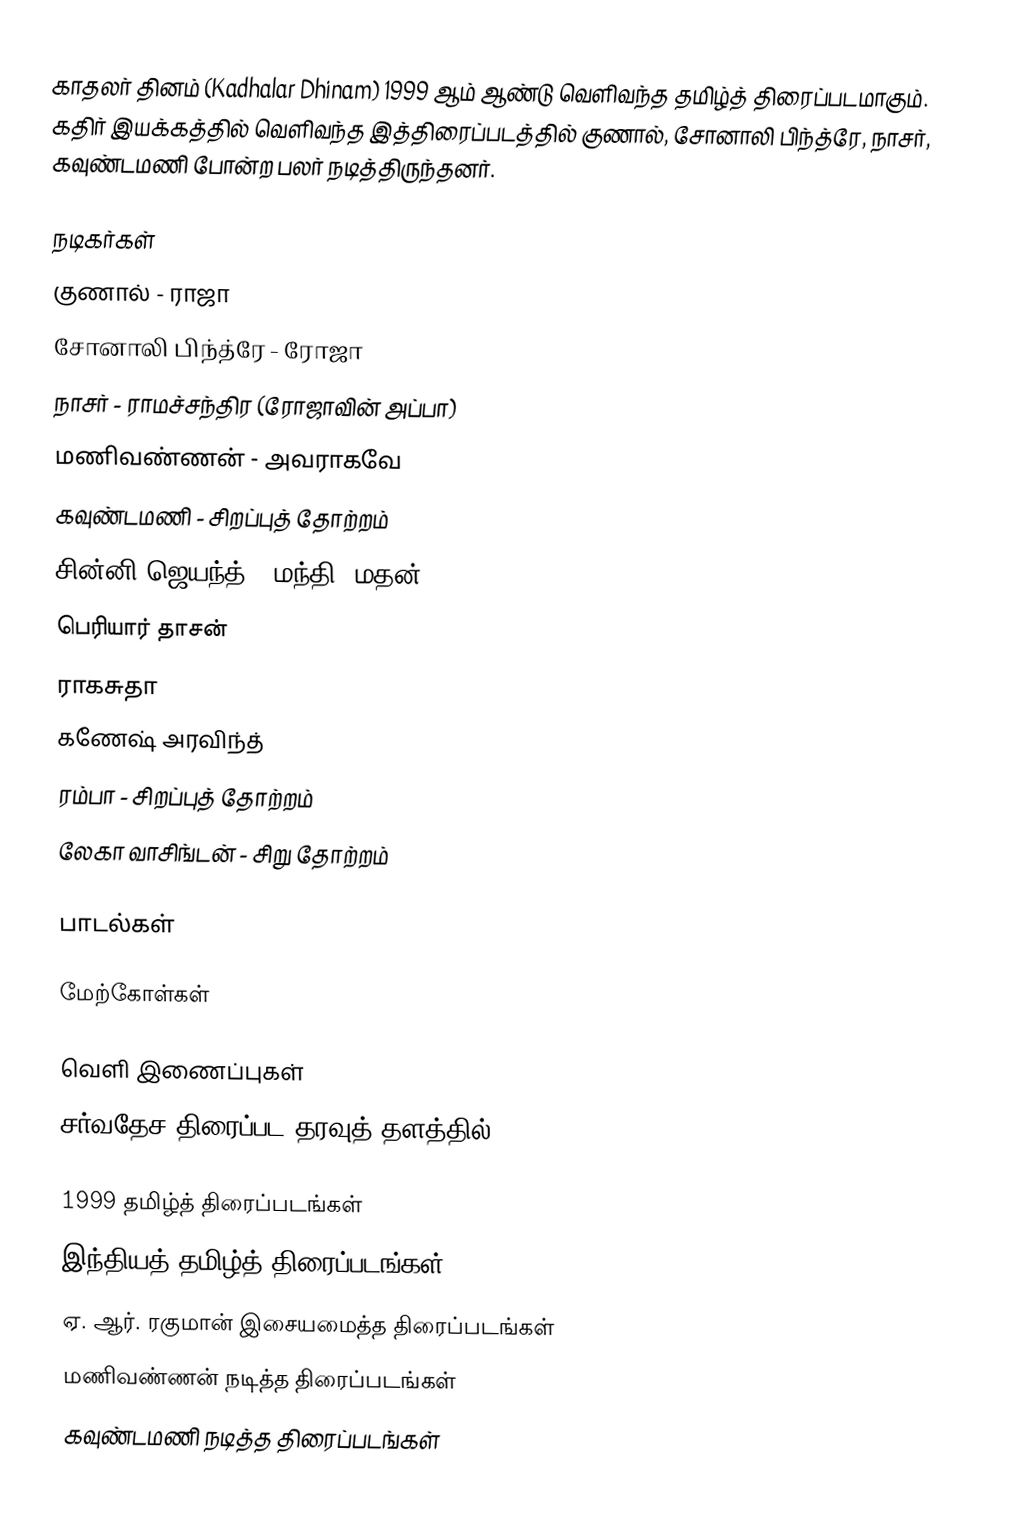
காதலர் தினம் (Kadhalar Dhinam) 1999 ஆம் ஆண்டு வெளிவந்த தமிழ்த் திரைப்படமாகும். கதிர் இயக்கத்தில் வெளிவந்த இத்திரைப்படத்தில் குணால், சோனாலி பிந்த்ரே, நாசர், கவுண்டமணி போன்ற பலர் நடித்திருந்தனர்.

நடிகர்கள்
 குணால் - ராஜா
 சோனாலி பிந்த்ரே - ரோஜா
 நாசர் - ராமச்சந்திர (ரோஜாவின் அப்பா)
 மணிவண்ணன் - அவராகவே
 கவுண்டமணி - சிறப்புத் தோற்றம்
 சின்னி ஜெயந்த் - மந்தி/ மதன்
 பெரியார் தாசன்
 ராகசுதா
 கணேஷ் அரவிந்த்
 ரம்பா - சிறப்புத் தோற்றம்
 லேகா வாசிங்டன் - சிறு தோற்றம்

பாடல்கள்

மேற்கோள்கள்

வெளி இணைப்புகள்
சர்வதேச திரைப்பட தரவுத் தளத்தில்

1999 தமிழ்த் திரைப்படங்கள்
இந்தியத் தமிழ்த் திரைப்படங்கள்
ஏ. ஆர். ரகுமான் இசையமைத்த திரைப்படங்கள்
மணிவண்ணன் நடித்த திரைப்படங்கள்
கவுண்டமணி நடித்த திரைப்படங்கள்